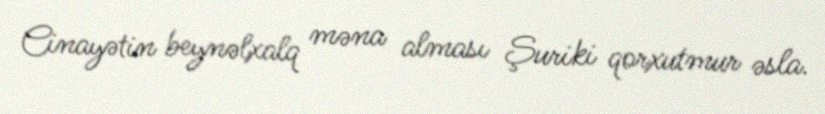
Cinayətin beynəlxalq məna alması Şuriki qorxutmur əsla.